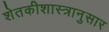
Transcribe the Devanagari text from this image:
शेतकीशास्त्रानुसार